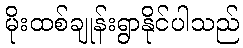
မိုးထစ်ချုန်းရွာနိုင်ပါသည်